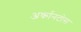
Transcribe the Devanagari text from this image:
अर्कानटोस